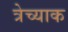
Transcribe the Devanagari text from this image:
त्रेच्याक